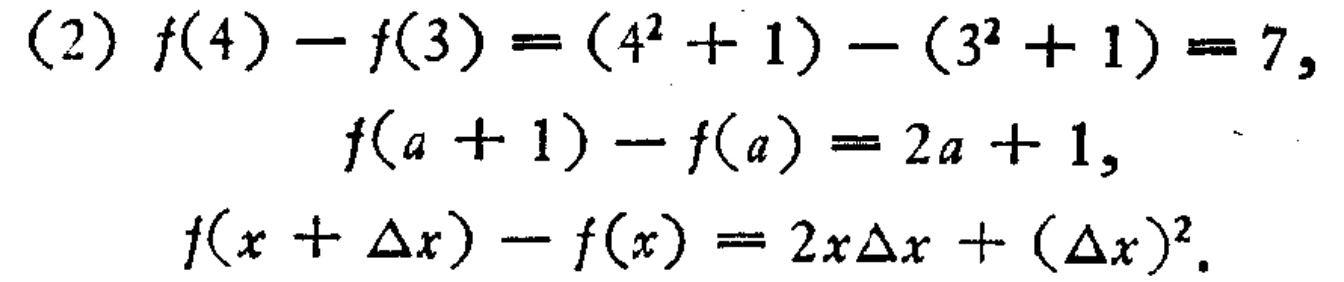
(2) \(f(4)-f(3)=(4^{2}+1)-(3^{2}+1)=7,\)

\(f(a + 1)-f(a)=2a + 1,\)

\(f(x+\Delta x)-f(x)=2x\Delta x+(\Delta x)^{2}.\)